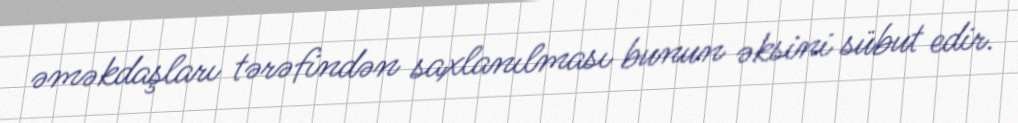
əməkdaşları tərəfindən saxlanılması bunun əksini sübut edir.